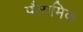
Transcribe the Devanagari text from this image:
पौरामिक